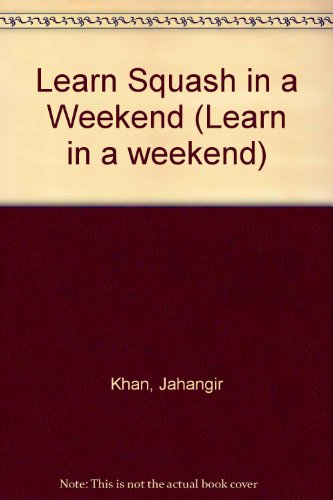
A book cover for Learn Squash in a Weekend (Learn in a weekend); Jahangir Khan; Sports & Outdoors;